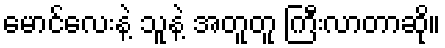
မောင်လေးနဲ့ သူနဲ့ အတူတူ ကြီးလာတာဆို။